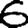
Digit: 6